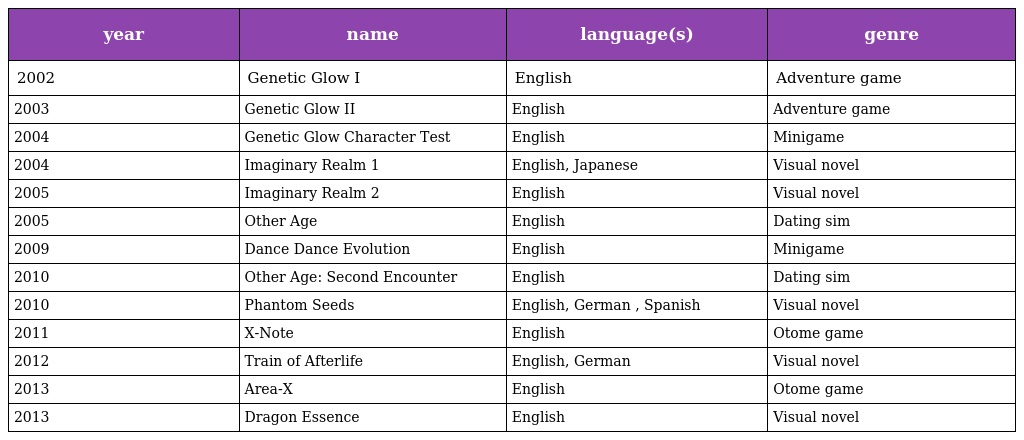
| year | name | language(s) | genre |
 | --- | --- | --- | --- |
 | 2002 | Genetic Glow I | English | Adventure game |
 | 2003 | Genetic Glow II | English | Adventure game |
 | 2004 | Genetic Glow Character Test | English | Minigame |
 | 2004 | Imaginary Realm 1 | English, Japanese | Visual novel |
 | 2005 | Imaginary Realm 2 | English | Visual novel |
 | 2005 | Other Age | English | Dating sim |
 | 2009 | Dance Dance Evolution | English | Minigame |
 | 2010 | Other Age: Second Encounter | English | Dating sim |
 | 2010 | Phantom Seeds | English, German , Spanish | Visual novel |
 | 2011 | X-Note | English | Otome game |
 | 2012 | Train of Afterlife | English, German | Visual novel |
 | 2013 | Area-X | English | Otome game |
 | 2013 | Dragon Essence | English | Visual novel |